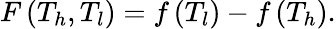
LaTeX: F\left(T_{h},T_{l}\right)=f\left(T_{l}\right)-f\left(T_{h}\right).